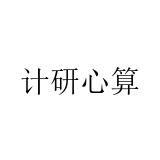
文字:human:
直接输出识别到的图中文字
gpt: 计研心算